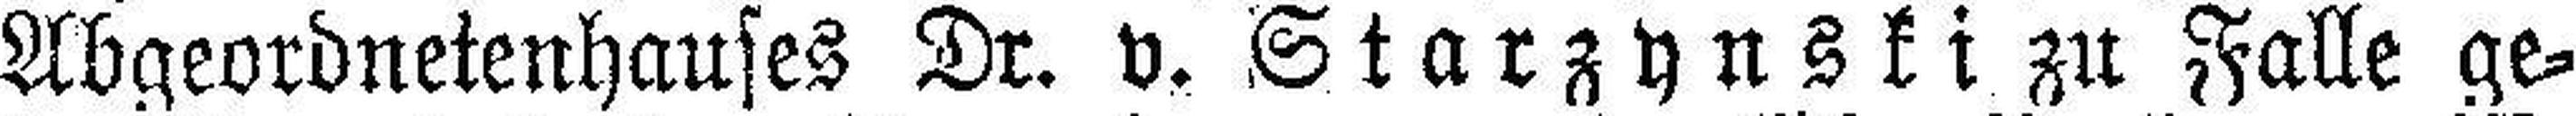
Abgeordnetenhauses Dr. v. Starzynski zu Falle ge¬